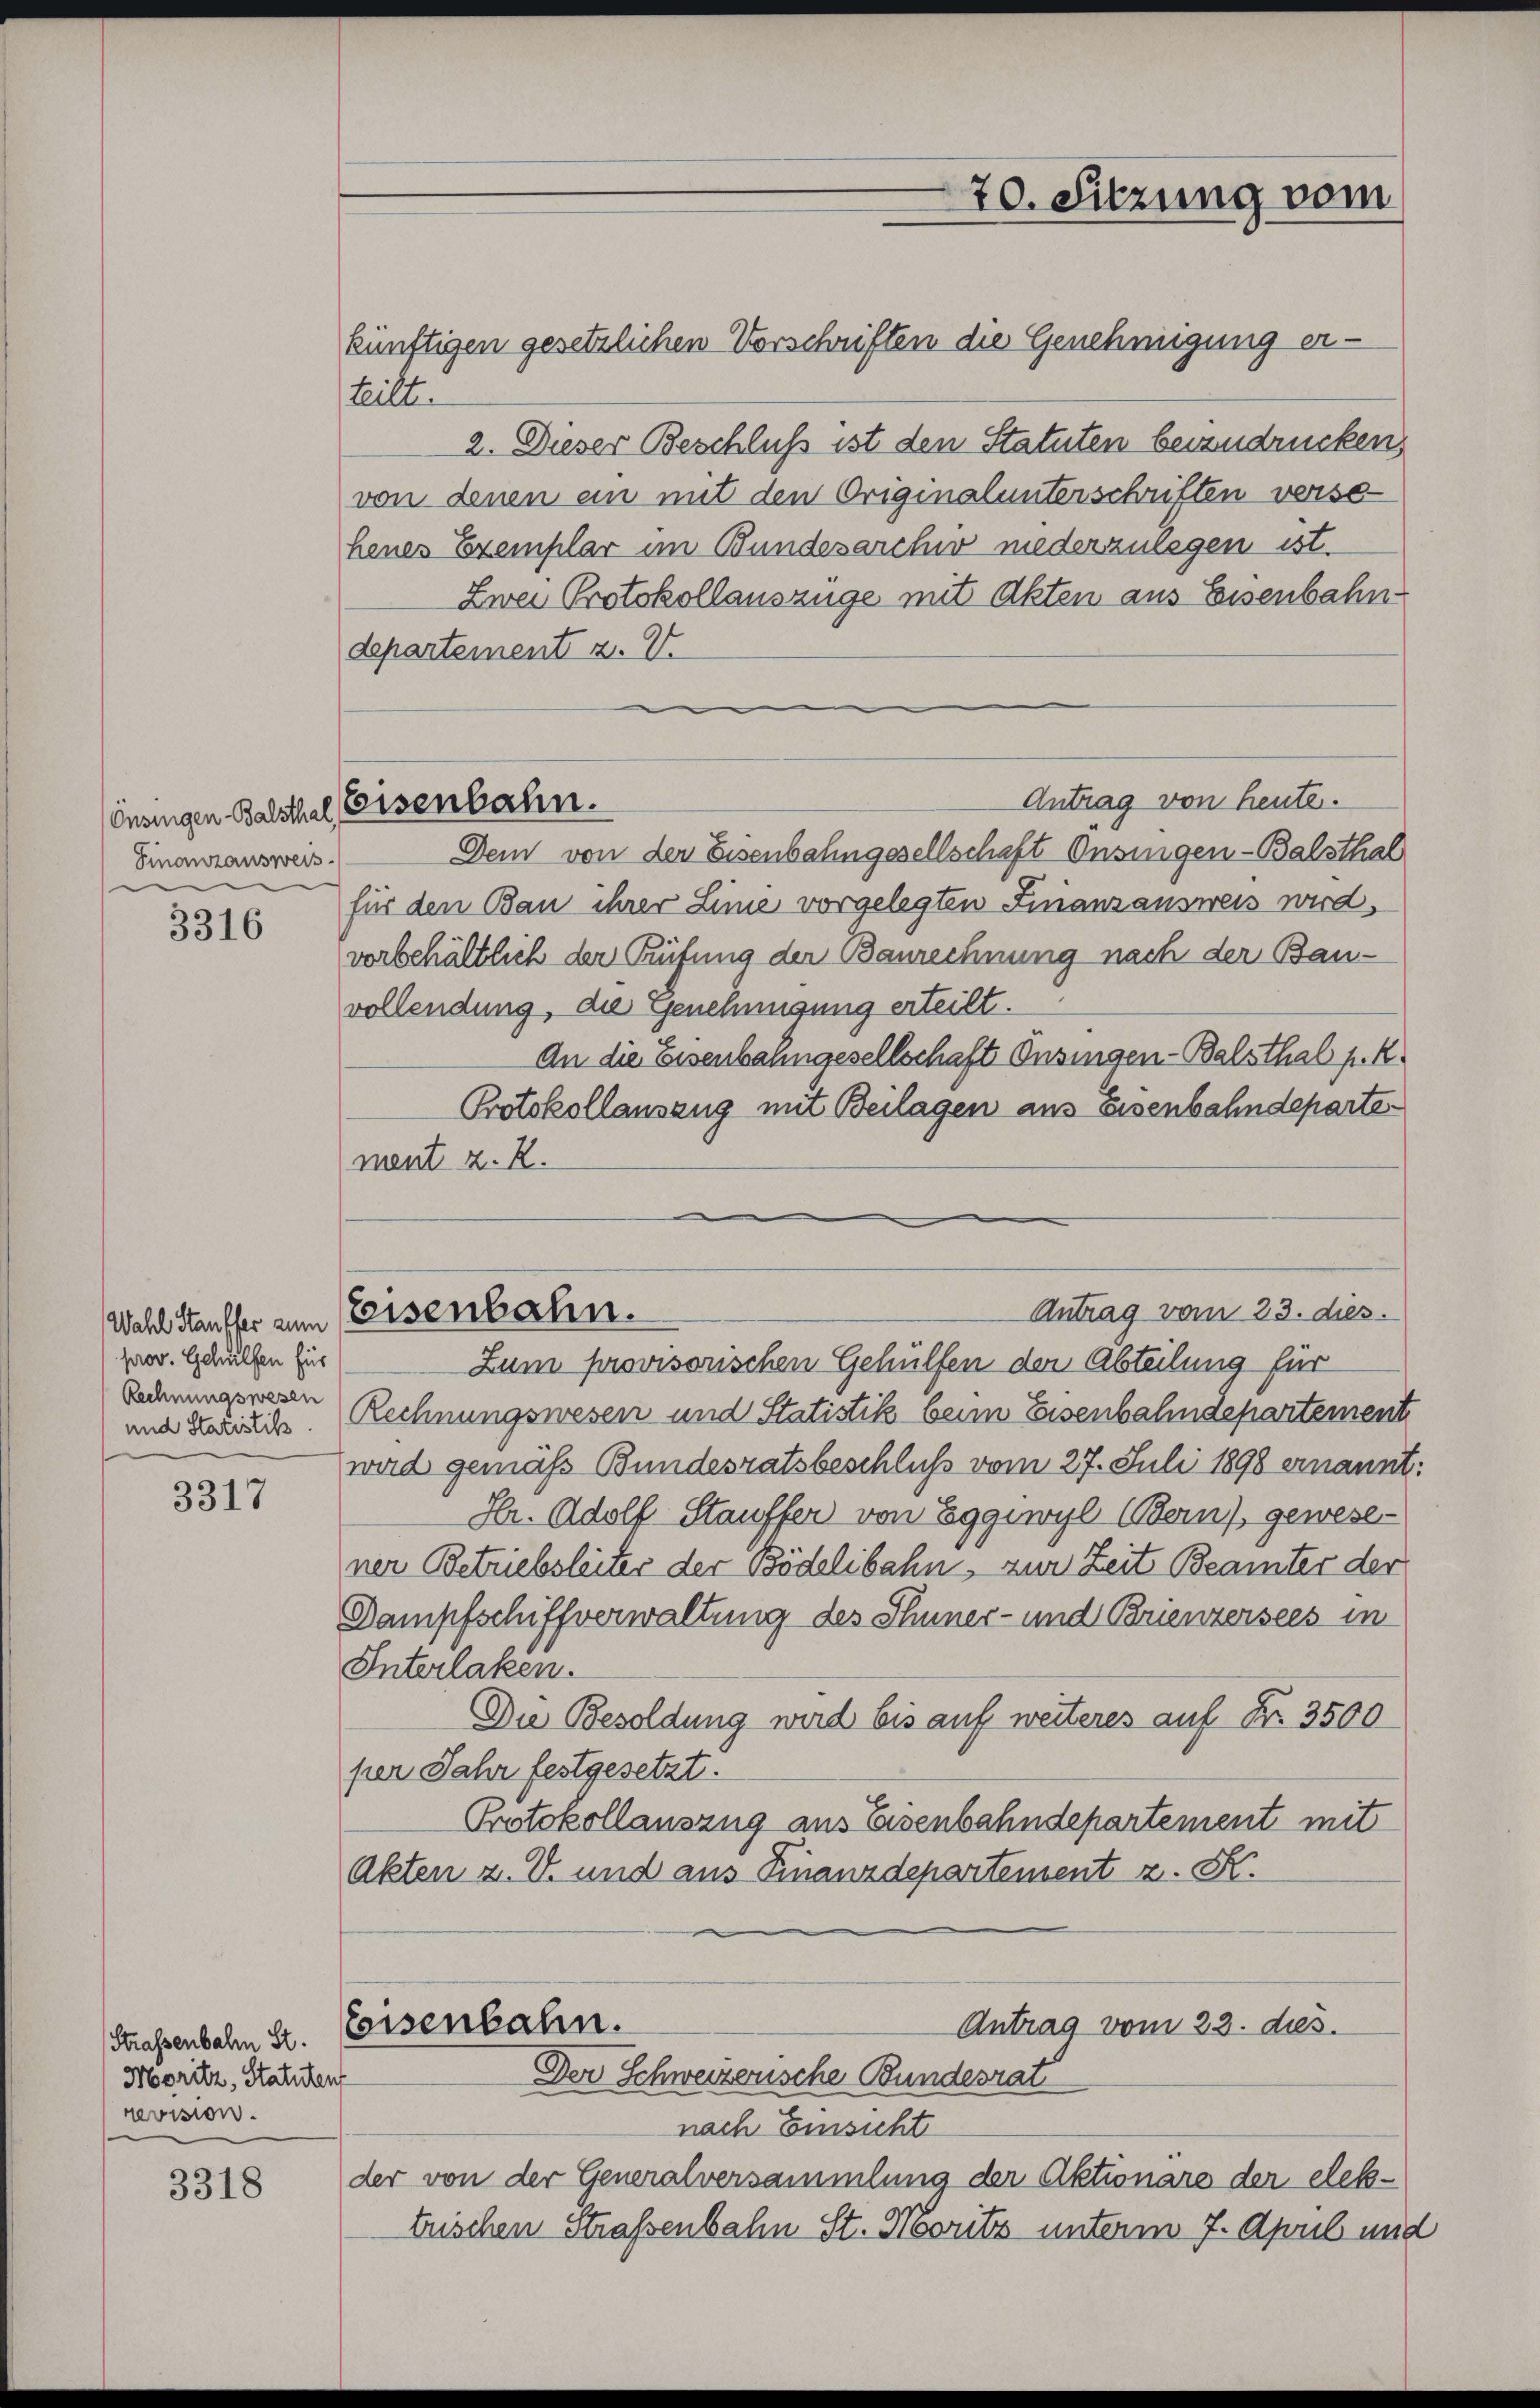
Finanzausweis

3316

prov. Gehülfen für
Rechnungswesen
und Statistik.

3317

Strassenbahn St.
Moritz, Statuten
revision.

3318

önsingen Balsthal, Eisenbahn.

künftigen gesetzlichen Vorschriften die Genehmigung erteilt.
2. Dieser Beschluß ist den Statuten beizudrücken,
von denen ein mit den Originalunterschriften versa
henes Exemplar im Bundesarchiv niederzulegen ist.
Zwei Protokollauszüge mit Akten aus Eisenbahn
Separtement z. V.
Antrag von heute.
Dem von der Eisenbahngesellschaft Onsingen-Balsthal
für den Bau ihrer Linie vorgelegten Finanzausweis wird.
vorbehältlich der Rüfung der Baurechnung nach der Bau-
vollendung, die Genehmigung erteilt.
An die Eisenbahngesellschaft Onsingen-Balsthal p. K.
Protokollauszug mit Beilagen aus Eisenbahndeparter
ment z. B.
Antrag vom 23. dies.
Wahl Stauffer zum Eisenbahn.
Zum provisorischen Gehülfen der Abteilung für
Rechnungswesen und Statistik beim Eisenbahndepartement
wird gemäß Bundesratsbeschluß vom 27. Juli 1898 ernannt:
Hr. Adolf Stauffer von Eggewyl (Bern) gewese
ner Betriebsleiter der Bödelibahn, zur Zeit Beamter der
Dampfschiffverwaltung des Thuner- und Brienzersees in
Interlaken.
Die Besoldung wird bis auf weiteres auf Nr. 3500
per Jahr festgesetzt.
Protokollauszug aus Eisenbahndepartement mit
Akten z. V. und aus Finanzdepartement z. K.
Eeisenbahn.
Antrag vom 23. dies

70. Sitzung vom

Der Schweizerische Bundesrat

nach Einsicht
der von der Generalversammlung der Aktionare der elektrischen Straßenbahn St. Moritz unterm 7. April und